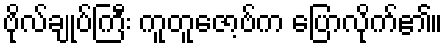
ဗိုလ်ချုပ်ကြီး ကူတူဇော့ဗ်က ပြောလိုက်၏။